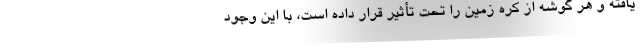
یافته و هر گوشه از کره زمین را تحت تأثیر قرار داده است، با این وجود